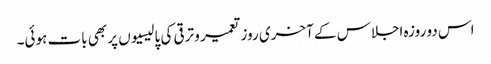
اس دو روزہ اجلاس کے آخری روز تعمیر و ترقی کی پالیسیوں پر بھی بات ہوئی۔